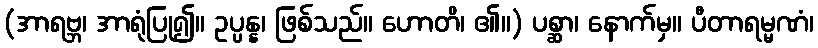
(အာရဗ္ဘ၊ အာရုံပြု၍။ ဥပ္ပန္န၊ ဖြစ်သည်။ ဟောတိ၊ ၏။) ပစ္ဆာ၊ နောက်မှ။ ပီတာရမ္မဏံ၊